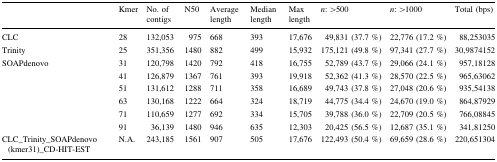
|  | Kmer | No. of contigs | N50 | Average length | Median length | Max length | n: >500 | n: >1000 | Total (bps) |
 | --- | --- | --- | --- | --- | --- | --- | --- | --- | --- |
 | CLC | 28 | 132,053 | 975 | 668 | 393 | 17,676 | 49,831 (37.7 %) | 22,776 (17.2 %) | 88,253035 |
 | Trinity | 25 | 351,356 | 1480 | 882 | 499 | 15,932 | 175,121 (49.8 %) | 97,341 (27.7 %) | 30,9874152 |
 | <ROWSPAN=6> SOAPdenovo | 31 | 120,798 | 1420 | 792 | 418 | 16,755 | 52,789 (43.7 %) | 29,066 (24.1 %) | 957,18128 |
 | 41 | 126,879 | 1367 | 761 | 393 | 19,918 | 52,362 (41.3 %) | 28,570 (22.5 %) | 965,63062 |
 | 51 | 131,612 | 1288 | 711 | 358 | 16,689 | 49,743 (37.8 %) | 27,048 (20.6 %) | 935,54138 |
 | 63 | 130,168 | 1222 | 664 | 324 | 18,719 | 44,775 (34.4 %) | 24,670 (19.0 %) | 864,87929 |
 | 71 | 110,659 | 1277 | 692 | 334 | 15,705 | 39,788 (36.0 %) | 22,709 (20.5 %) | 766,08845 |
 | 91 | 36,139 | 1480 | 946 | 635 | 12,303 | 20,425 (56.5 %) | 12,687 (35.1 %) | 341,81250 |
 | CLC_Trinity_SOAPdenovo (kmer31)_CD-HIT-EST | N.A. | 243,185 | 1561 | 907 | 505 | 17,676 | 122,493 (50.4 %) | 69,659 (28.6 %) | 220,651304 |